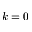
k = 0